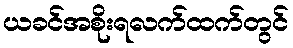
ယခင်အစိုးရလက်ထက်တွင်